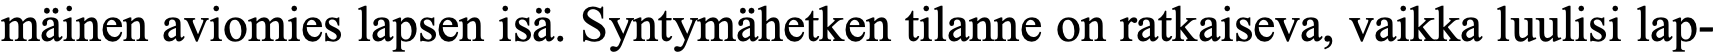
mäinen aviomies lapsen isä. Syntymähetken tilanne on ratkaiseva, vaikka luulisi lap-